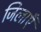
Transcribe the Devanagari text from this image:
जिलाएँ